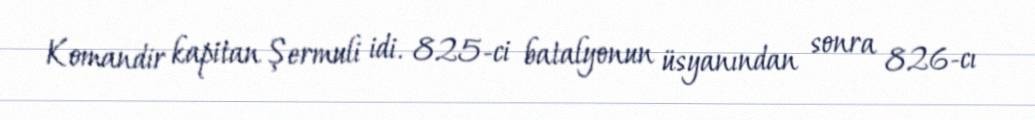
Komandir kapitan Şermuli idi. 825-ci batalyonun üsyanından sonra 826-cı